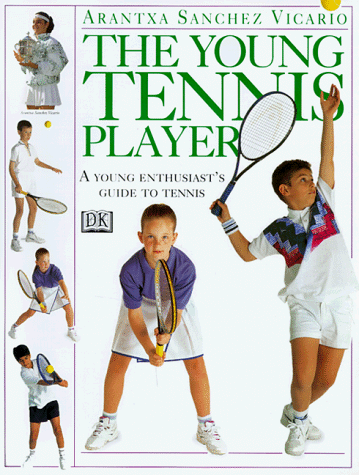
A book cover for The Young Tennis Player (Young Enthusiast Series); Arantxa Vicario; Children's Books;